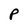
Character: P